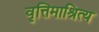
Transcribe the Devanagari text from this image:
वृत्तिमाश्रित्य